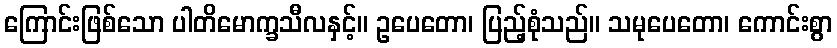
ကြောင်းဖြစ်သော ပါတိမောက္ခသီလနှင့်။ ဥပေတော၊ ပြည့်စုံသည်။ သမုပေတော၊ ကောင်းစွာ